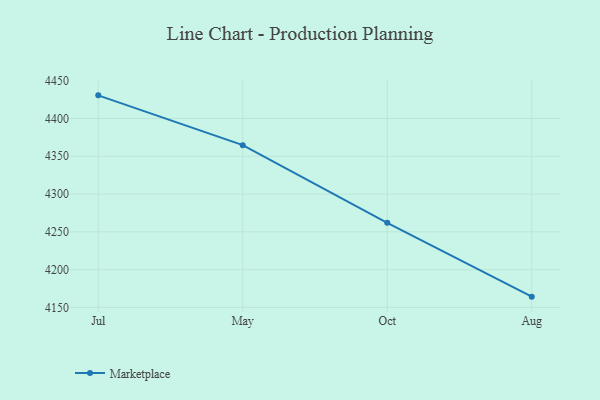
{"axis": {"x": "Month", "y": "Headcount"}, "legend": ["Marketplace"], "data": [{"x": "Jul", "y": 4430.6, "type": "Marketplace"}, {"x": "May", "y": 4364.7, "type": "Marketplace"}, {"x": "Oct", "y": 4261.9, "type": "Marketplace"}, {"x": "Aug", "y": 4164.3, "type": "Marketplace"}]}